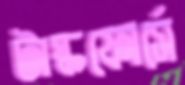
টাস্কফোর্সে